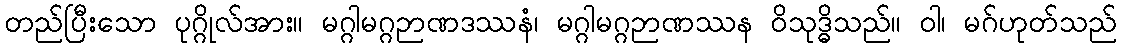
တည်ပြီးသော ပုဂ္ဂိုလ်အား။ မဂ္ဂါမဂ္ဂဉာဏဒဿနံ၊ မဂ္ဂါမဂ္ဂဉာဏဿန ဝိသုဒ္ဓိသည်။ ဝါ၊ မဂ်ဟုတ်သည်